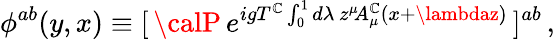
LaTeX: \phi^{ab}(y,x)\equiv[\, {\calP}\, e^{igT^{\mathbb{C}}\int_{0}^{1}d\lambda\, z^{\mu}\! A_{\mu}^{\mathbb{C}}(x+\lambdaz)}\, ]^{ab}\, ,